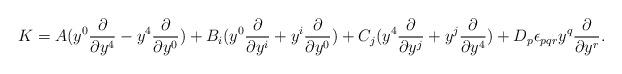
LaTeX: \begin{align*}K= A (y^0\frac{\partial}{\partial y^4}-y^4\frac{\partial}{\partial y^0} )+ B_i( y^0\frac{\partial}{\partial y^i}+y^i\frac{\partial}{\partial y^0})+ C_j (y^4\frac{\partial}{\partial y^j}+y^j\frac{\partial}{\partial y^4})+ D_p \epsilon_{pqr}y^q\frac{\partial}{\partial y^r}. \end{align*}